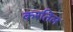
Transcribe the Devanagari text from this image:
करतिल